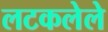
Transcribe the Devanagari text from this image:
लटकलेले